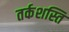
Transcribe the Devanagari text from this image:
तर्कशस्ति